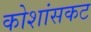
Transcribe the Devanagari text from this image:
कोशांसकट